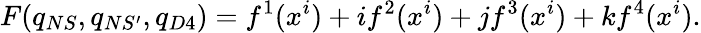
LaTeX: F(q_{NS},q_{NS^{\prime}},q_{D4})=f^{1}(x^{i})+if^{2}(x^{i})+jf^{3}(x^{i})+kf^{4}(x^{i}).